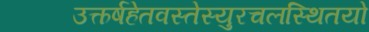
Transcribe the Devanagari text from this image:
उत्कर्षहेतवस्तेस्युरचलस्थितयो